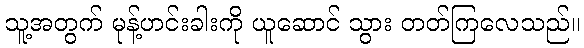
သူ့အတွက် မုန့်ဟင်းခါးကို ယူဆောင် သွား တတ်ကြလေသည်။